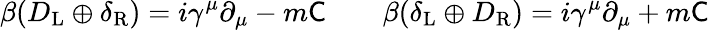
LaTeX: \beta(D_{\mathrm{{L}}}\oplus\delta_{\mathrm{{R}}})=i\gamma^{\mu}\partial_{\mu}-m{\mathsf{C}}\qquad\beta(\delta_{\mathrm{{L}}}\oplus D_{\mathrm{{R}}})=i\gamma^{\mu}\partial_{\mu}+m{\mathsf{C}}